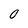
Character: 0